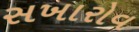
સખારોવ